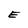
Character: E